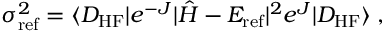
\sigma _ { \mathrm { r e f } } ^ { 2 } = \langle D _ { \mathrm { H F } } | e ^ { - J } | \hat { H } - E _ { \mathrm { r e f } } | ^ { 2 } e ^ { J } | D _ { \mathrm { H F } } \rangle \; ,